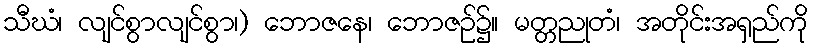
သီဃံ၊ လျင်စွာလျင်စွာ၊) ဘောဇနေ၊ ဘောဇဉ်၌။ မတ္တညုတံ၊ အတိုင်းအရှည်ကို